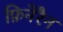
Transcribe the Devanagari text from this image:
फ़िनेरैन